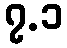
၇.၁